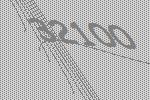
32100